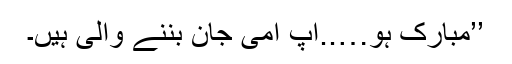
’’مبارک ہو…..آپ امی جان بننے والی ہیں۔